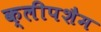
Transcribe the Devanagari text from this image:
क्लीपशैम